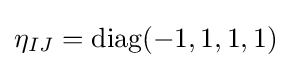
\eta _{IJ}={\text{diag}}(-1,1,1,1)